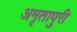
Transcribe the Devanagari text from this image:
अमृतापुरी